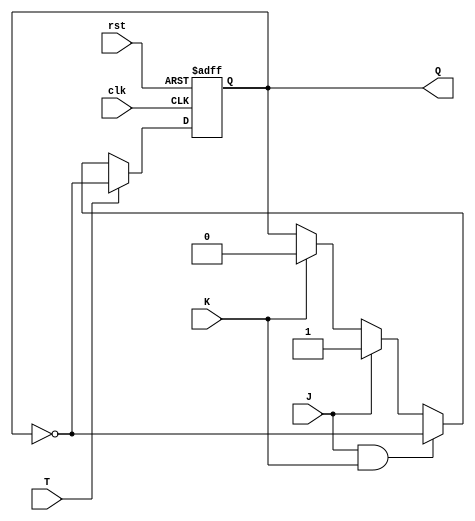
module t_ff_jk (
    input wire clk,
    input wire rst,
    input wire T,
    input wire J,
    input wire K,
    output reg Q
);

// Internal signal for storing the current state
reg state;

// Sequential logic block
always @(posedge clk or posedge rst) begin
    if (rst) begin
        state <= 1'b0; // Initialize state to 0 on reset
    end else begin
        if (T) begin
            state <= ~state; // Toggle state when T is high
        end else if (J && K) begin
            state <= ~state; // Toggle state when both J and K are high
        end else if (J) begin
            state <= 1'b1; // Set state to 1 when J is high
        end else if (K) begin
            state <= 1'b0; // Set state to 0 when K is high
        end
    end
end

// Output Q stores the current state
assign Q = state;

endmodule